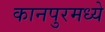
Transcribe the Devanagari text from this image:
कानपुरमध्ये